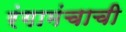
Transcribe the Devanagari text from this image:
रंगामंचाची